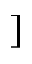
]